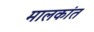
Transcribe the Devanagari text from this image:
मालकांत